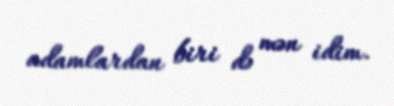
adamlardan biri də mən idim.